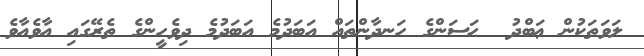
ލަވަތަކުން ޢަބްދު  ޙަސަންގެ ހަނދާންތައް އަބަދުމެ އަބަދުމެ ދިވެހީންގެ ތެރޭގައި އާވެއާވެ